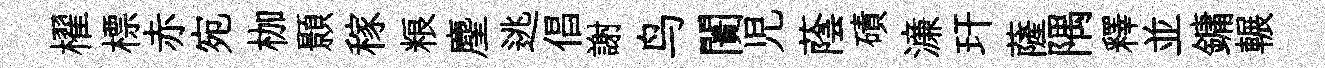
櫂標赤宛枷顥稼粮麈逃倡謝鸟闠児蔭磧濓玕薩隅釋並鏞輾